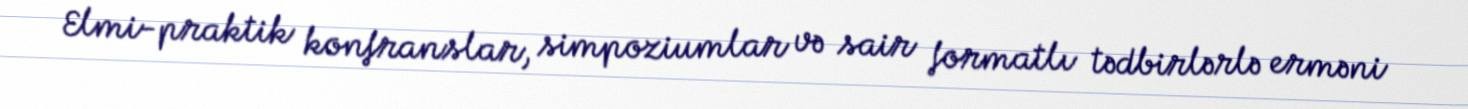
Elmi-praktik konfranslar, simpoziumlar və sair formatlı tədbirlərlə erməni